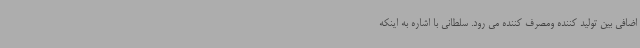
اضافی بین تولید کننده ومصرف کننده می رود. سلطانی با اشاره به اینکه